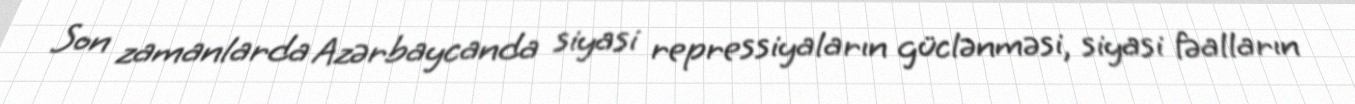
Son zamanlarda Azərbaycanda siyasi repressiyaların güclənməsi, siyasi fəalların